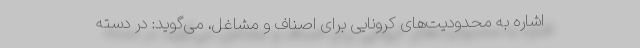
اشاره به محدودیت‌های کرونایی برای اصناف و مشاغل، می‌گوید: در دسته